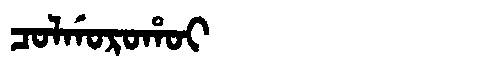
Manchu: ᠴᠣᠯᡤᠣᡵᠣᡥᠣᡳ
Romanization: COLGOROHOI